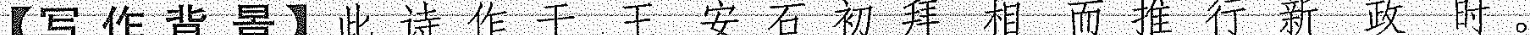
【写作背景】此诗作于王安石初拜相而推行新政时